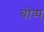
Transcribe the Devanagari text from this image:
चोव्प्